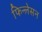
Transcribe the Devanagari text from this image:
फिन्लेसन